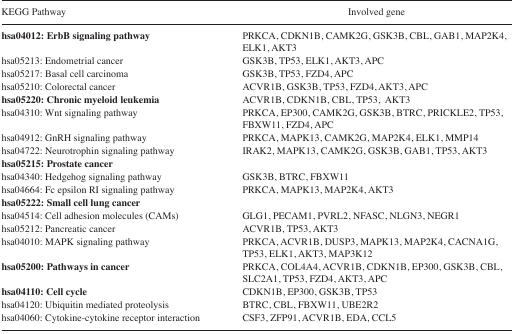
<table><thead><tr><td><b>KEGG Pathway</b></td><td><b>Involved gene</b></td></tr></thead><tbody><tr><td><b>hsa04012: ErbB signaling pathway</b></td><td>PRKCA, CDKN1B, CAMK2G, GSK3B, CBL, GAB1, MAP2K4, ELK1, AKT3</td></tr><tr><td>hsa05213: Endometrial cancer</td><td>GSK3B, TP53, ELK1, AKT3, APC</td></tr><tr><td>hsa05217: Basal cell carcinoma</td><td>GSK3B, TP53, FZD4, APC</td></tr><tr><td>hsa05210: Colorectal cancer</td><td>ACVR1B, GSK3B, TP53, FZD4, AKT3, APC</td></tr><tr><td><b>hsa05220: Chronic myeloid leukemia</b></td><td>ACVR1B, CDKN1B, CBL, TP53, AKT3</td></tr><tr><td>hsa04310: Wnt signaling pathway</td><td>PRKCA, EP300, CAMK2G, GSK3B, BTRC, PRICKLE2, TP53, FBXW11, FZD4, APC</td></tr><tr><td>hsa04912: GnRH signaling pathway</td><td>PRKCA, MAPK13, CAMK2G, MAP2K4, ELK1, MMP14</td></tr><tr><td>hsa04722: Neurotrophin signaling pathway</td><td>IRAK2, MAPK13, CAMK2G, GSK3B, GAB1, TP53, AKT3</td></tr><tr><td><b>hsa05215: Prostate cancer</b></td><td>[EMPTY_CELL]</td></tr><tr><td>hsa04340: Hedgehog signaling pathway</td><td>GSK3B, BTRC, FBXW11</td></tr><tr><td>hsa04664: Fc epsilon RI signaling pathway</td><td>PRKCA, MAPK13, MAP2K4, AKT3</td></tr><tr><td><b>hsa05222: Small cell lung cancer</b></td><td>[EMPTY_CELL]</td></tr><tr><td>hsa04514: Cell adhesion molecules (CAMs)</td><td>GLG1, PECAM1, PVRL2, NFASC, NLGN3, NEGR1</td></tr><tr><td>hsa05212: Pancreatic cancer</td><td>ACVR1B, TP53, AKT3</td></tr><tr><td>hsa04010: MAPK signaling pathway</td><td>PRKCA, ACVR1B, DUSP3, MAPK13, MAP2K4, CACNA1G, TP53, ELK1, AKT3, MAP3K12</td></tr><tr><td><b>hsa05200: Pathways in cancer</b></td><td>PRKCA, COL4A4, ACVR1B, CDKN1B, EP300, GSK3B, CBL, SLC2A1, TP53, FZD4, AKT3, APC</td></tr><tr><td><b>hsa04110: Cell cycle</b></td><td>CDKN1B, EP300, GSK3B, TP53</td></tr><tr><td>hsa04120: Ubiquitin mediated proteolysis</td><td>BTRC, CBL, FBXW11, UBE2R2</td></tr><tr><td>hsa04060: Cytokine-cytokine receptor interaction</td><td>CSF3, ZFP91, ACVR1B, EDA, CCL5</td></tr></tbody></table>